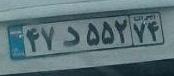
۴۷د۵۵۲۷۴